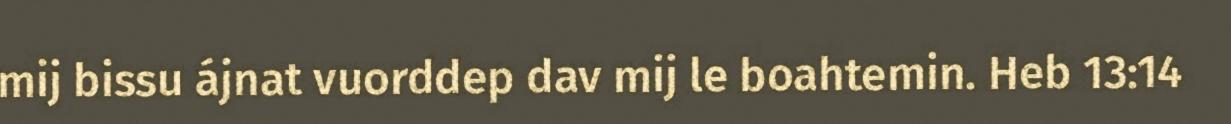
mij bissu ájnat vuorddep dav mij le boahtemin. Heb 13:14